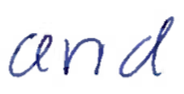
Text: and
Cross-out: clean
Writing tool: ballpoint